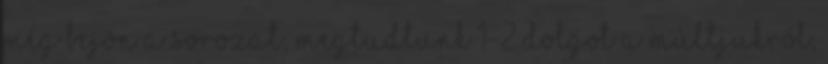
még bejön a sorozat, megtudtunk 1-2 dolgot a múltjukról,